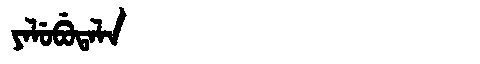
Manchu: ᠶᠠᠯᡠᠪᡠᡨᠠᠯᠠ
Romanization: YALUBUTALA